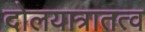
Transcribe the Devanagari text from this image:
दोलयात्रातत्व